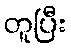
တူပြီး